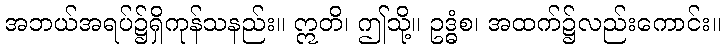
အဘယ်အရပ်၌ရှိကုန်သနည်း။ ဣတိ၊ ဤသို့။ ဥဒ္ဓံစ၊ အထက်၌လည်းကောင်း။